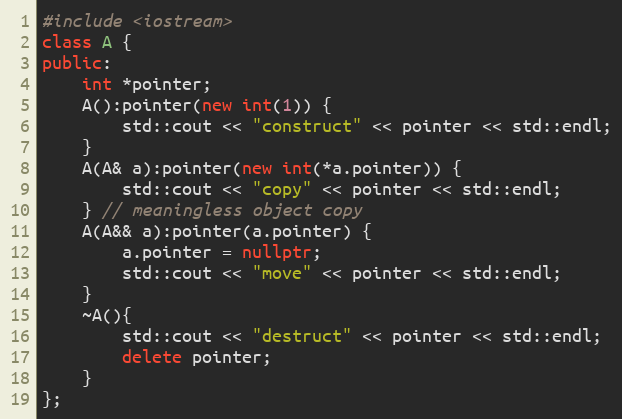
Language: C++
#include <iostream>
class A {
public:
    int *pointer;
    A():pointer(new int(1)) {
        std::cout << "construct" << pointer << std::endl;
    }
    A(A& a):pointer(new int(*a.pointer)) {
        std::cout << "copy" << pointer << std::endl;
    } // meaningless object copy
    A(A&& a):pointer(a.pointer) {
        a.pointer = nullptr;
        std::cout << "move" << pointer << std::endl;
    }
    ~A(){
        std::cout << "destruct" << pointer << std::endl;
        delete pointer;
    }
};